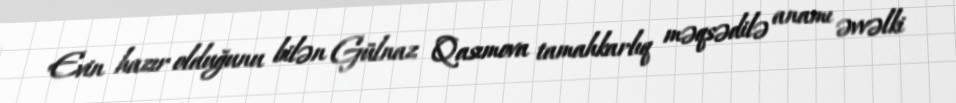
Evin hazır olduğunu bilən Gülnaz Qasımova tamahkarlıq məqsədilə anamı əvvəlki